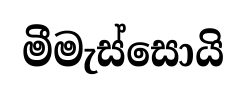
මීමැස්සොයි